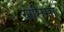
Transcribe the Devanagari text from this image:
सेप्तिमा